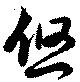
悠